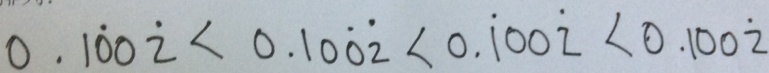
0 . 1 \dot { 0 } 0 \dot { 2 } < 0 . 1 0 \dot { 0 } \dot { 2 } < 0 . \dot { 1 } 0 0 \dot { 2 } < 0 . 1 0 0 \dot { 2 }